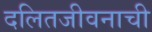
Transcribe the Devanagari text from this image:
दलितजीवनाची